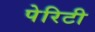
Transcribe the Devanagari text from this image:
पेरिटी